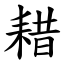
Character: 耤